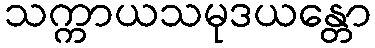
သက္ကာယသမုဒယန္တော